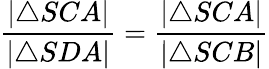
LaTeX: {\frac{|\triangle SCA|}{|\triangle SDA|}}={\frac{|\triangle SCA|}{|\triangle SCB|}}